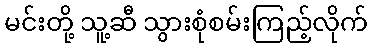
မင်းတို့ သူ့ဆီ သွားစုံစမ်းကြည့်လိုက်